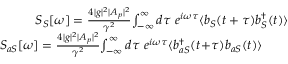
\begin{array} { r l r } & { } & { \! \! \! \! \! \! \! \! \! \! S _ { S } [ \omega ] = \frac { 4 | g | ^ { 2 } | A _ { p } | ^ { 2 } } { \gamma ^ { 2 } } \! \int _ { - \infty } ^ { \infty } d \tau \ e ^ { i \omega \tau } \langle b _ { S } ( t + \tau ) b _ { S } ^ { \dag } ( t ) \rangle } \\ & { } & { \! \! \! \! \! \! \! \! \! \! S _ { a S } [ \omega ] = \frac { 4 | g | ^ { 2 } | A _ { p } | ^ { 2 } } { \gamma ^ { 2 } } \! \int _ { - \infty } ^ { \infty } d \tau \ e ^ { i \omega \tau } \langle b _ { a S } ^ { \dag } ( t \! + \! \tau ) b _ { a S } ( t ) \rangle \quad \quad } \end{array}